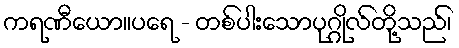
ကရဏီယော။ပရေ - တစ်ပါးသောပုဂ္ဂိုလ်တို့သည်၊